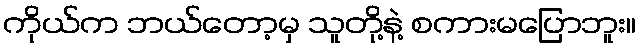
ကိုယ်က ဘယ်တော့မှ သူတို့နဲ့ စကားမပြောဘူး။